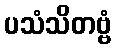
ပသံသိတဗ္ဗံ